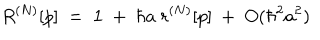
R ^ { ( N ) } [ p ] \ = \ { \bf 1 } \ + \ \hbar a \ r ^ { ( N ) } [ p ] \ + \ O ( \hbar ^ { 2 } a ^ { 2 } )